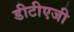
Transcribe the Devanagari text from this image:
डीटीएजी